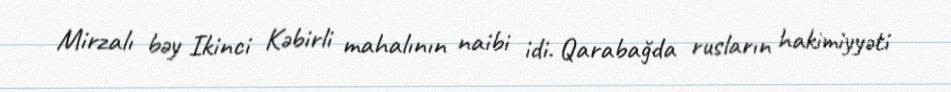
Mirzalı bəy Ikinci Kəbirli mahalının naibi idi. Qarabağda rusların hakimiyyəti